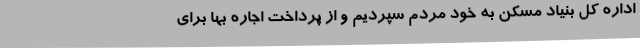
اداره کل بنیاد مسکن به خود مردم سپردیم و از پرداخت اجاره بها برای